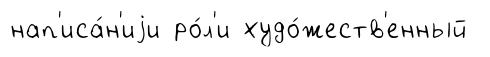
нап'иса́н'иjи ро́л'и худо́жеств'енный